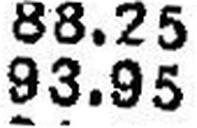
93.95